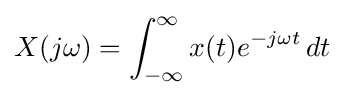
X(j\omega )=\int _{-\infty }^{\infty }x(t)e^{-j\omega t}\,dt